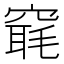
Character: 𥧢